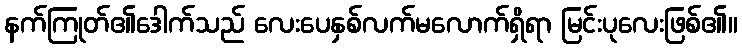
နက်ကြုတ်၏ဒေါက်သည် လေးပေနှစ်လက်မလောက်ရှိရာ မြင်းပုလေးဖြစ်၏။